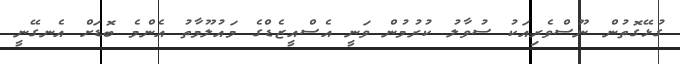
ގުޅޭގޮތުން ނޫސްވެރިއަކު ސުވާލު ކުރުމުން ވަނީ އެސްއީޒެޑްގެ މައުލޫމާތު އެންމެ ބޮޑަށް އެނގޭނީ